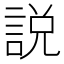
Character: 説